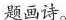
题画诗。